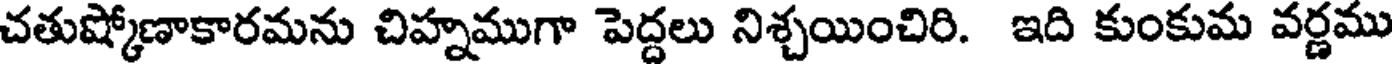
చతుష్కోణాకారమను చిహ్నముగా పెద్దలు నిశ్చయించిరి. ఇది కుంకుమ వర్ణము